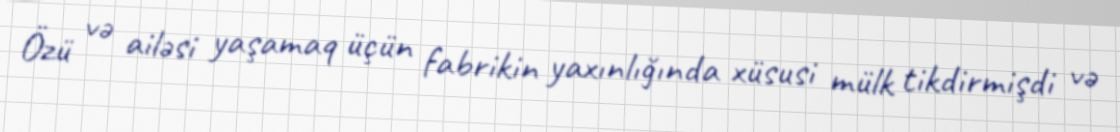
Özü və ailəsi yaşamaq üçün fabrikin yaxınlığında xüsusi mülk tikdirmişdi və